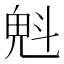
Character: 𣁽